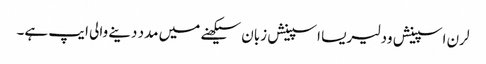
لرن اسپینش ود لیریسا اسپینش زبان سیکھنے میں مدد دینے والی ایپ ہے۔